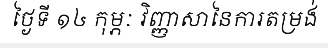
ថ្ងៃទី ១៤ កុម្ភៈ វិញ្ញាសានៃការតម្រង់